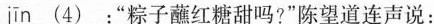
jīn\underline{4)}：”粽子蘸红糖甜吗?”陈望道连声说：